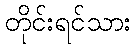
တိုင်းရင်သား